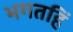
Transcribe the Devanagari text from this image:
भगतहिं